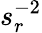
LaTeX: s_{r}^{-2}